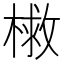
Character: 𭫣